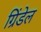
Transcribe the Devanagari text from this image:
ग्रिंडेल